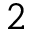
2